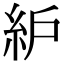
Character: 䋆